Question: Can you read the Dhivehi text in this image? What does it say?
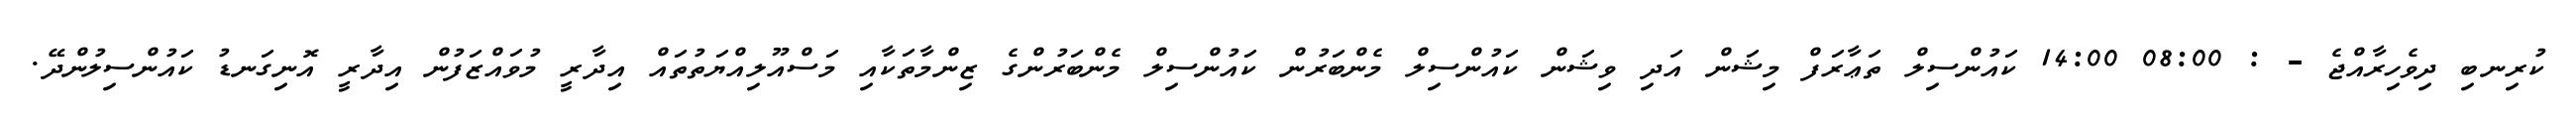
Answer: ކުރިނބި ދިވެހިރާއްޖެ - : 08:00 14:00 ކައުންސިލް ތަޢާރަފް މިޝަން އަދި ވިޝަން ކައުންސިލް މެންބަރުން ކައުންސިލް މެންބަރުންގެ ޒިންމާތަކާއި މަސްއޫލިއްޔަތުތައް އިދާރީ މުވައްޒަފުން އިދާރީ އޮނިގަނޑު ކައުންސިލުންދޭ.